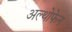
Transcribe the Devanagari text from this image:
अल्थोफेन